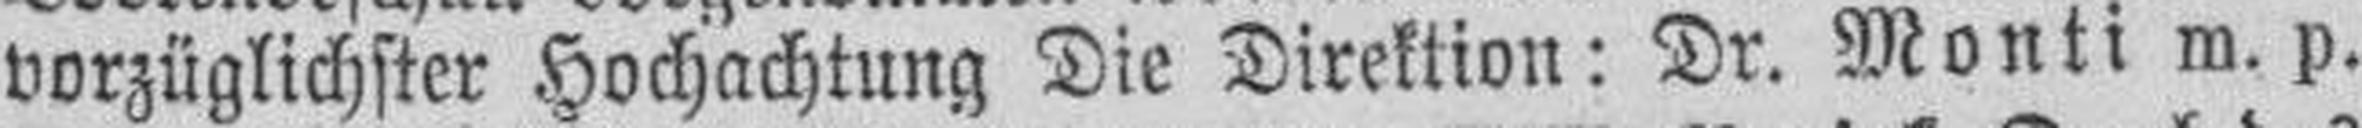
vorzüglichster Hochachtung Die Direktion: Dr. Monti m. p.